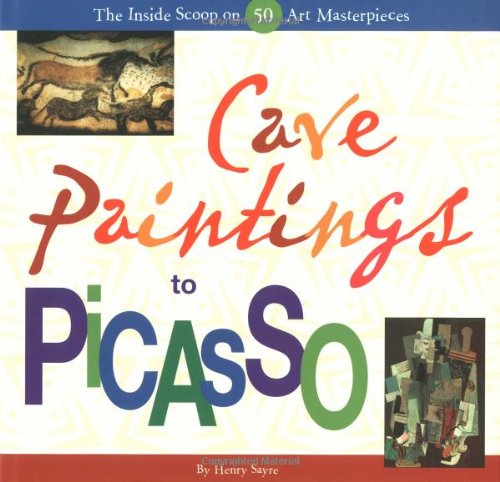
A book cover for Cave Paintings to Picasso: The Inside Scoop on 50 Art Masterpieces; Henry M. Sayre; Teen & Young Adult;